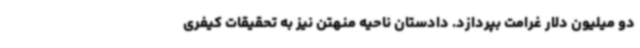
دو میلیون دلار غرامت بپردازد. دادستان ناحیه منهتن نیز به تحقیقات کیفری